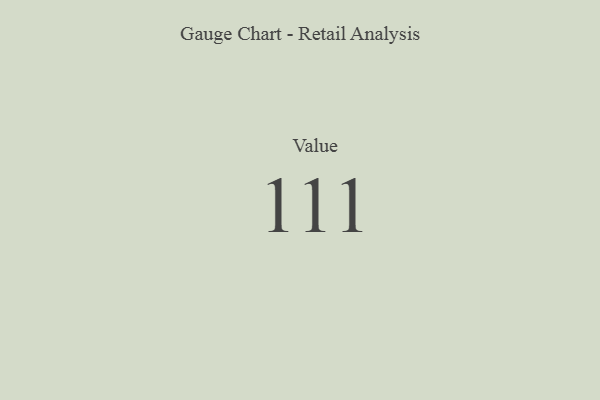
{"axis": {"x": "Metric", "y": "Value"}, "legend": [""], "data": [{"x": "Value", "y": 111, "type": ""}]}